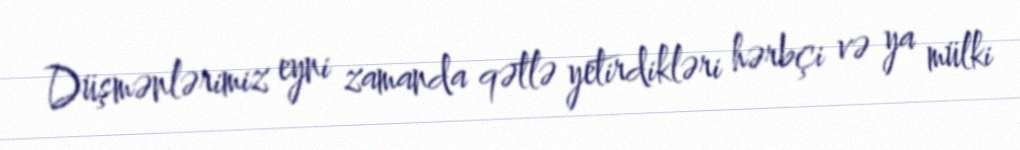
Düşmənlərimiz eyni zamanda qətlə yetirdikləri hərbçi və ya mülki